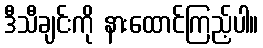
ဒီသီချင်းကို နားထောင်ကြည့်ပါ။